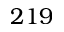
2 1 9